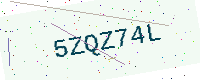
Text: 5ZQZ74L